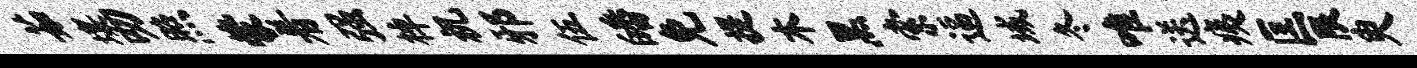
茹壤叨照蒙着强棹祝邪伍皤免提木黑索逼域冬唯送痍匡限臾